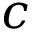
c